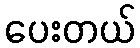
ပေးတယ်